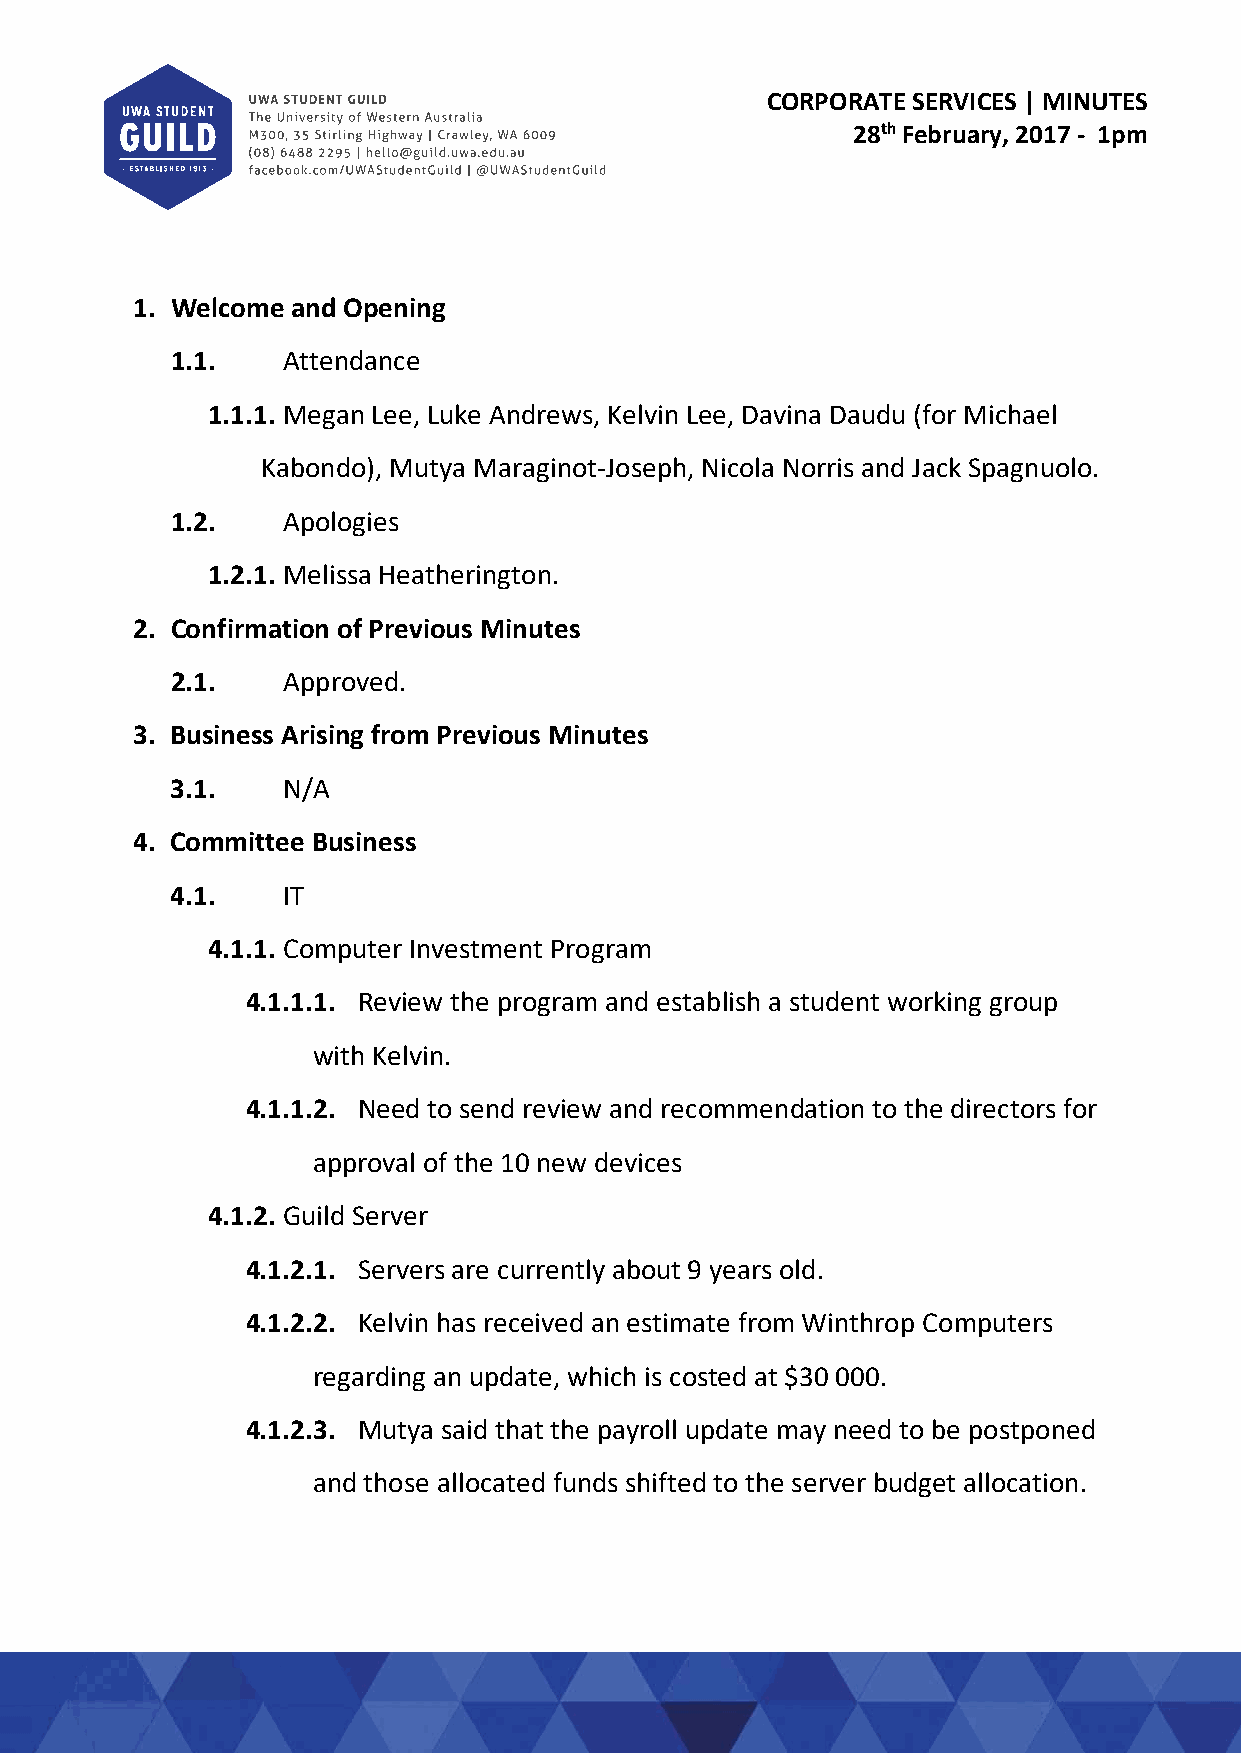
CORPORATE SERVICES | MINUTES
 28th February, 2017 ‐ 1pm
 1. Welcome and Opening
 1.1.    Attendance
 1.1.1. Megan Lee, Luke Andrews, Kelvin Lee, Davina Daudu (for Michael
 Kabondo), Mutya Maraginot‐Joseph, Nicola Norris and Jack Spagnuolo.
 1.2.    Apologies
 1.2.1. Melissa Heatherington.
 2. Confirmation of Previous Minutes
 2.1.    Approved.
 3. Business Arising from Previous Minutes
 3.1.    N/A
 4. Committee Business
 4.1.    IT
 4.1.1. Computer Investment Program
 4.1.1.1. Review the program and establish a student working group
 with Kelvin.
 4.1.1.2. Need to send review and recommendation to the directors for
 approval of the 10 new devices
 4.1.2. Guild Server
 4.1.2.1. Servers are currently about 9 years old.
 4.1.2.2. Kelvin has received an estimate from Winthrop Computers
 regarding an update, which is costed at $30 000.
 4.1.2.3. Mutya said that the payroll update may need to be postponed
 and those allocated funds shifted to the server budget allocation.